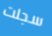
سجلت